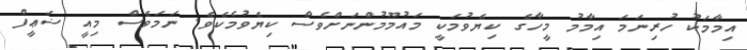
އިމާމަކު ހުރިނަމަ އިމާމު މީހާގެ ކިޔެވުމަކީ މައުމޫމުންނަށްވެސް ކިޔެވުމެކެވެ. ނަމަވެސް މިއީ ޟަޢީފް